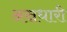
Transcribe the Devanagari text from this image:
अस्रधारी